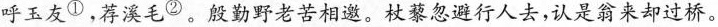
呼玉友①，荐溪毛②。殷勤野老苦相邀。杖藜忽避行人去，认是翁来却过桥。